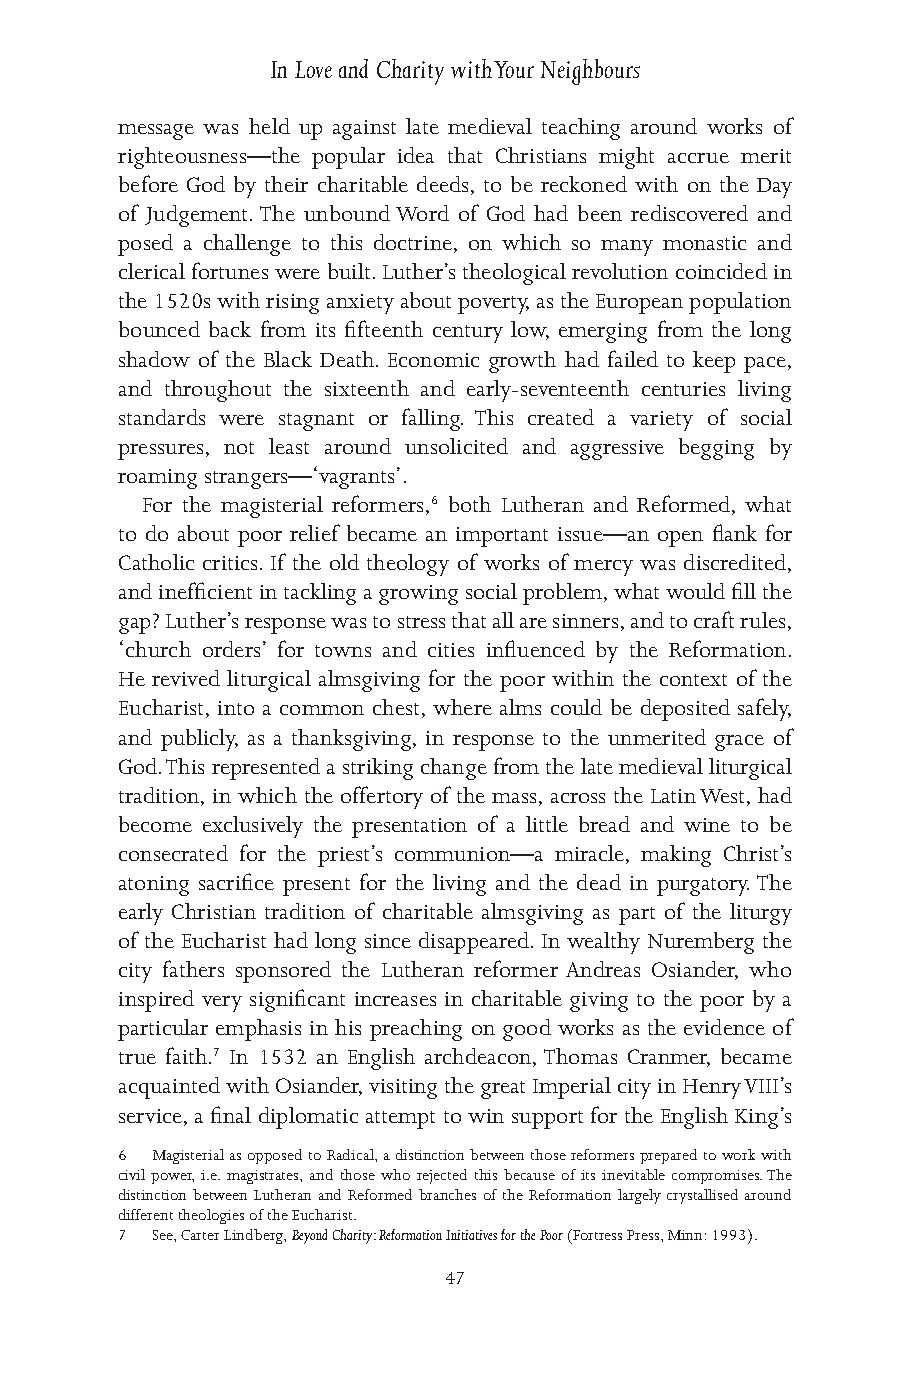
In Love and Charity with Your Neighbours
 message was held up against late medieval teaching around works of
 righteousness—the popular idea that Christians might accrue merit
 before God by their charitable deeds, to be reckoned with on the Day
 of Judgement. The unbound Word of God had been rediscovered and
 posed a challenge to this doctrine, on which so many monastic and
 clerical fortunes were built. Luther’s theological revolution coincided in
 the 1520s with rising anxiety about poverty, as the European population
 bounced back from its fifteenth century low, emerging from the long
 shadow of the Black Death. Economic growth had failed to keep pace,
 and throughout the sixteenth and early-seventeenth centuries living
 standards were stagnant or falling. This created a variety of social
 pressures, not least around unsolicited and aggressive begging by
 roaming strangers—‘vagrants’.
 For the magisterial reformers,6 both Lutheran and Reformed, what
 to do about poor relief became an important issue—an open flank for
 Catholic critics. If the old theology of works of mercy was discredited,
 and inefficient in tackling a growing social problem, what would fill the
 gap? Luther’s response was to stress that all are sinners, and to craft rules,
 ‘church orders’ for towns and cities influenced by the Reformation.
 He revived liturgical almsgiving for the poor within the context of the
 Eucharist, into a common chest, where alms could be deposited safely,
 and publicly, as a thanksgiving, in response to the unmerited grace of
 God. This represented a striking change from the late medieval liturgical
 tradition, in which the offertory of the mass, across the Latin West, had
 become exclusively the presentation of a little bread and wine to be
 consecrated for the priest’s communion—a miracle, making Christ’s
 atoning sacrifice present for the living and the dead in purgatory. The
 early Christian tradition of charitable almsgiving as part of the liturgy
 of the Eucharist had long since disappeared. In wealthy Nuremberg the
 city fathers sponsored the Lutheran reformer Andreas Osiander, who
 inspired very significant increases in charitable giving to the poor by a
 particular emphasis in his preaching on good works as the evidence of
 true faith.7 In 1532 an English archdeacon, Thomas Cranmer, became
 acquainted with Osiander, visiting the great Imperial city in Henry VIII’s
 service, a final diplomatic attempt to win support for the English King’s
 6 Magisterial as opposed to Radical, a distinction between those reformers prepared to work with
 civil power, i.e. magistrates, and those who rejected this because of its inevitable compromises. The
 distinction between Lutheran and Reformed branches of the Reformation largely crystallised around
 different theologies of the Eucharist.
 7 See, Carter Lindberg, Beyond Charity: Reformation Initiatives for the Poor (Fortress Press, Minn: 1993).
 47